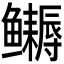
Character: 𬶹